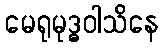
မေရုမုဒ္ဓဝါသိနေ